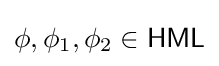
\phi ,\phi _{1},\phi _{2}\in {\mathsf {HML}}